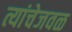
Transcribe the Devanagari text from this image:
त्यांचेजवळ